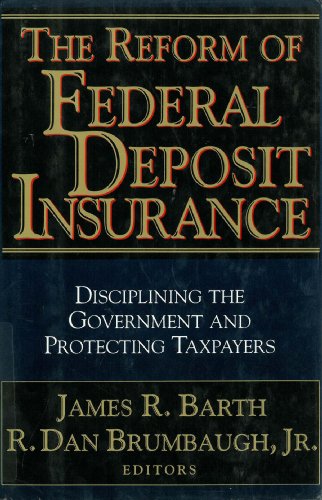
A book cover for The Reform of Federal Deposit Insurance: Disciplining the Government and Protecting Taxpayers; James R. Barth; Business & Money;